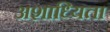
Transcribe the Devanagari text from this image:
अशाध्यिता